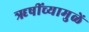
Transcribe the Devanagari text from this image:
ॠषींच्यामुळें